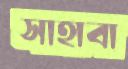
সাহাবা